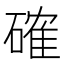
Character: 確